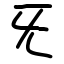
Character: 旡